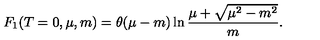
F _ { 1 } ( T = 0 , \mu , m ) = \theta ( \mu - m ) \ln \frac { \mu + \sqrt { \mu ^ { 2 } - m ^ { 2 } } } { m } .